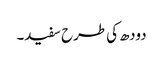
دودھ کی طرح سفید۔